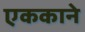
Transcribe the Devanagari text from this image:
एककाने